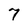
Character: 7